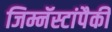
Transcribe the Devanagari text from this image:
जिम्नॅस्टांपैकी